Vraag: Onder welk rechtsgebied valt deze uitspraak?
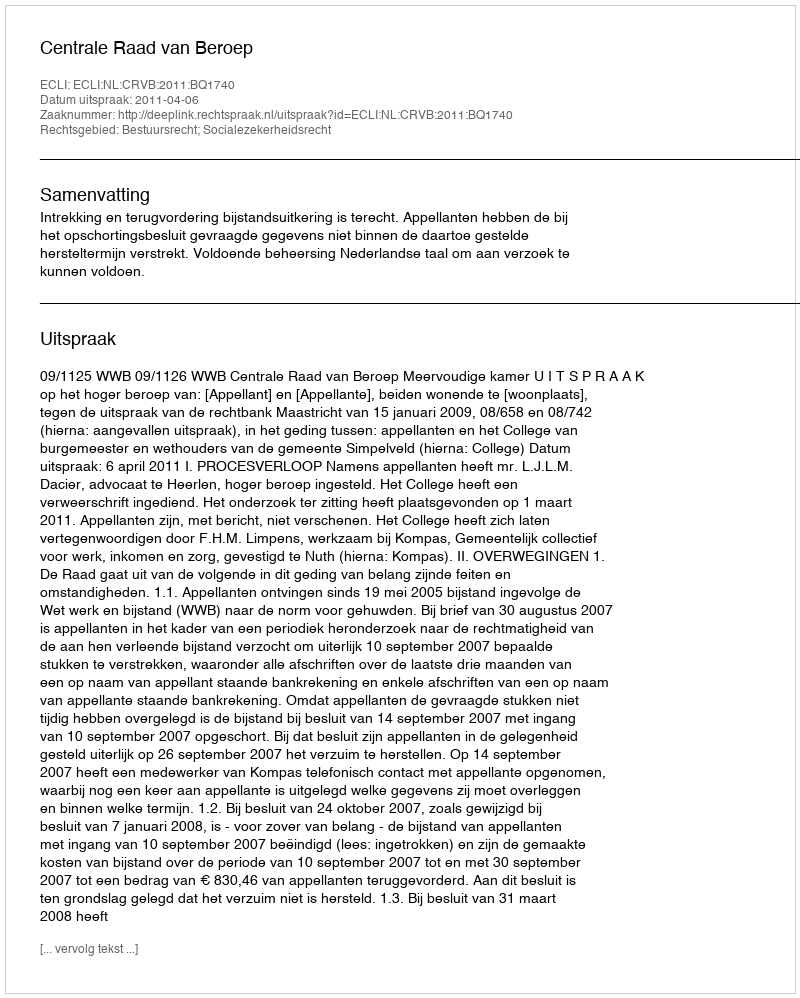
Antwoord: Bestuursrecht; Socialezekerheidsrecht